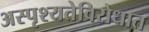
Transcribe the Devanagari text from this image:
अस्पृश्यतेविरोधात